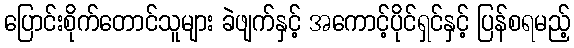
ပြောင်းစိုက်တောင်သူများ ခဲဖျက်နှင့် အကောင့်ပိုင်ရှင်နှင့် ပြန်စရမည့်